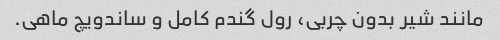
مانند شیر بدون چربی، رول گندم کامل و ساندویچ ماهی.